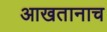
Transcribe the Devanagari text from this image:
आखतानाच